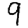
Digit: 9